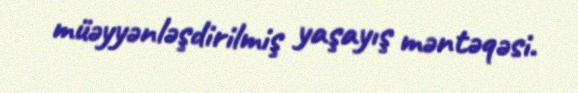
müəyyənləşdirilmiş yaşayış məntəqəsi.